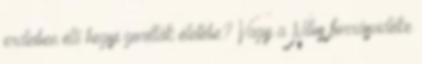
erdeiben élő hegyi gorillák életébe? Vagy a Nílus forrásvidéke